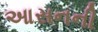
આસનની